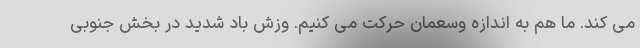
می کند. ما هم به اندازه وسعمان حرکت می کنیم. وزش باد شدید در بخش جنوبی